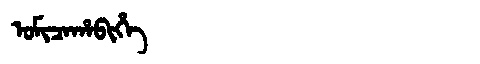
Manchu: ᠣᠮᡳᠴᠠᡥᠠᠪᡳᡥᡝ
Romanization: OMICAHABIHE